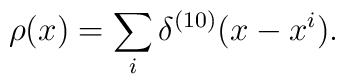
\rho(x) =  \sum_{i} \delta^{(10)}(x-x^{i}).